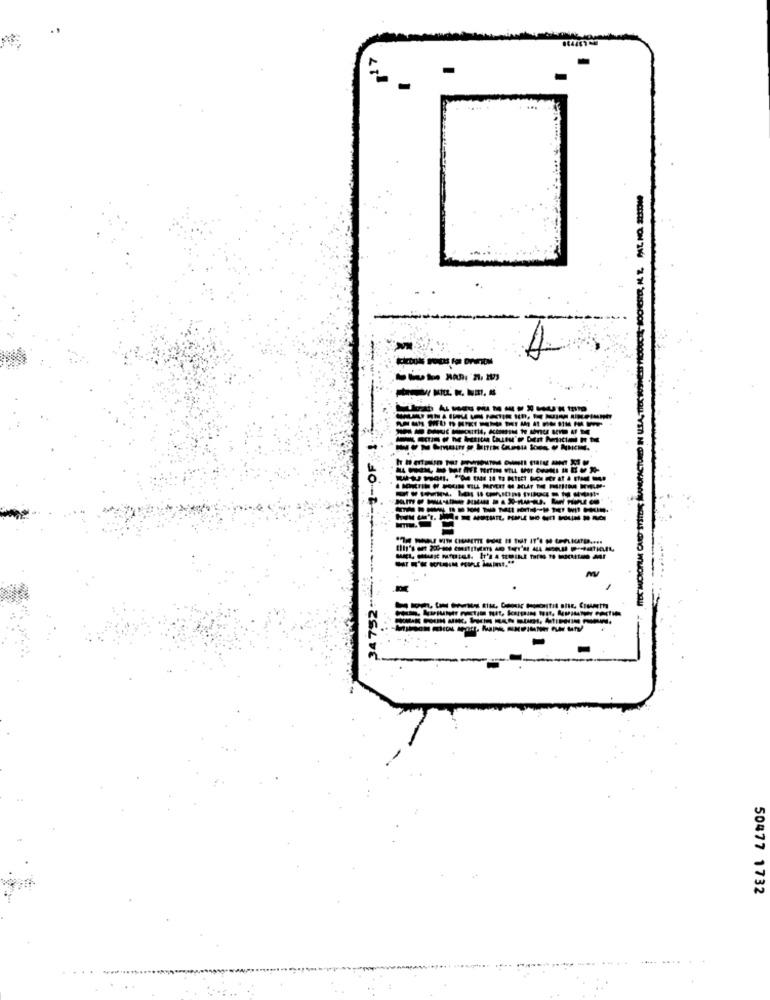
----
-
34 752 ****** -*****---- 1-OF-1.
------------
--------------
50477 1732